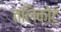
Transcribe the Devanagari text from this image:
तलिकोट